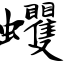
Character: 蠼